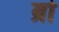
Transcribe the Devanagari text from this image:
ब्राे